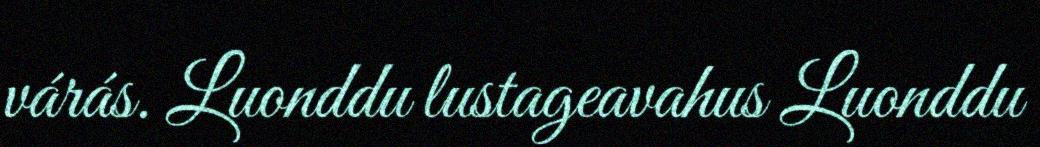
várás. Luonddu lustageavahus Luonddu